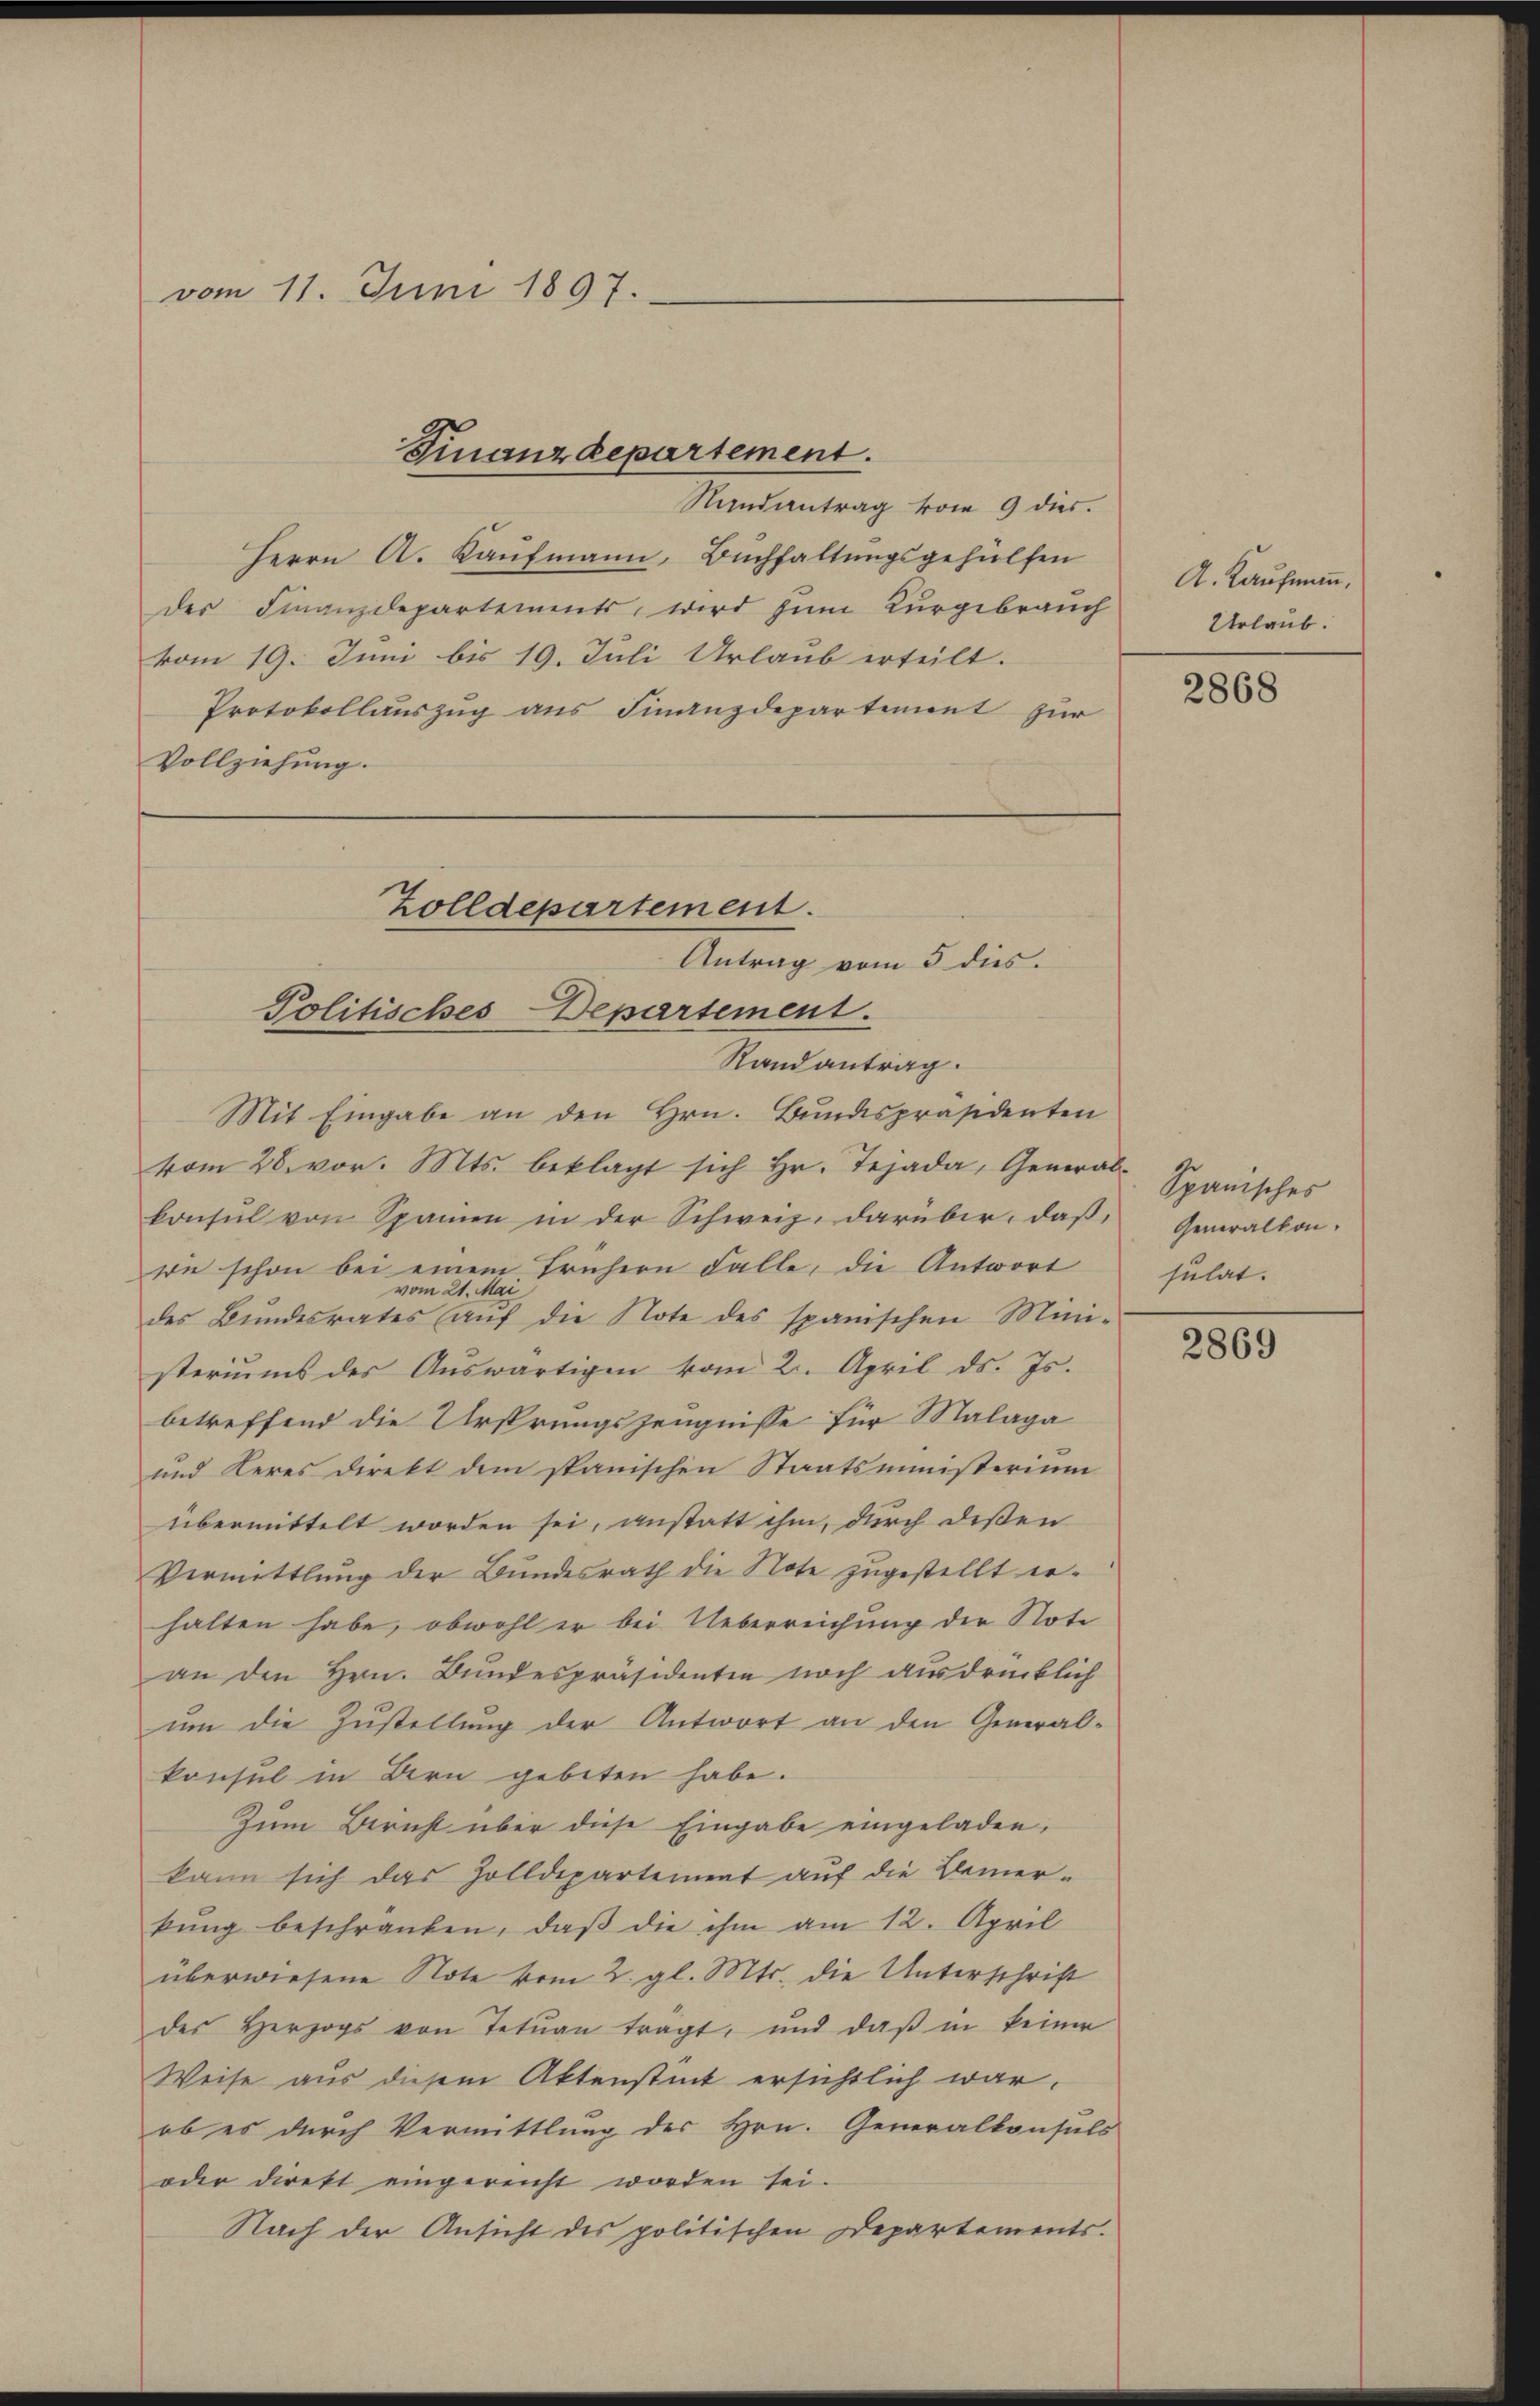
vom 11. Juni 1897.

Finanzdepartement.

Nandantrag vom 9. dies.
Herrn A. Kaufmann, Buchhaltungsgehülfen
der Finanzdepartements, wird zum Kurgebrauch
vom 19. Juni bis 19. Juli Urlaub erteilt.
Protokollauszug aus Finanzdepartiment zur
Vollziehung.
Zolldepartement.
Antrag vom 5. dies

Politisches Departement.
Randantrag.
Mit Eingabe an den Hrn. Bundespräsidenten

vom 28. vor. Mts. beklagt sich hr. Tejada, General Spanisches
konsul von Spanien in der Schweiz. darüber, daß,
wie schon bei einem frühern Falle, die Antwort
vom 21. Mai
des Bŭndesrates aŭf die Note des spanischen Mini-
steriums des Auswärtigen vom 21. April ds. Js.
betreffend die Ursprungszeugnisse für Malaga
und Keres direkt dem spanischen Staatsministerium
übermittelt worden sei, anstatt ihm, durch deßen
Vermittlung der Bundesrath die Note zugestellt erhalten habe, obwohl er bei Ueberreichung der Note
an den Hrn. Bundespräsidentia noch ausdrücklich
um die Zustellung der Antwort an den General-
konsul in Bern gebeten habe.
Zum Bericht über diese Eingabe eingeladen,
kann sich das Zolldepartement auf die Bemer-
kŭng beschränken, daβ die ihm am 12. April
überwiesene Note vom 2. gl. Mts. die Unterschrift
des Herzogs von Tetuan tragt, und daß in keiner
Weise aus diesem Aktenstück ersichtlich war.
ob es durch Vermittlung des Hrn. Generalkonsuls
oder direkt eingereicht worden sei.
Nach der Ansicht des politischen Departements.

A. Kaufmann,
Urlaub.

2868

Generalkon.
sulat.

2869